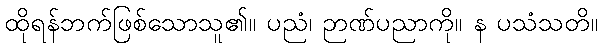
ထိုရန်ဘက်ဖြစ်သောသူ၏။ ပညံ၊ ဉာဏ်ပညာကို။ န ပသံသတိ။